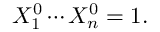
X _ { 1 } ^ { 0 } \cdots X _ { n } ^ { 0 } = 1 .